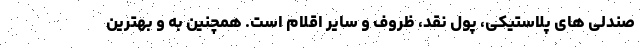
صندلی های پلاستیکی، پول نقد، ظروف و سایر اقلام است. همچنین به و بهترین